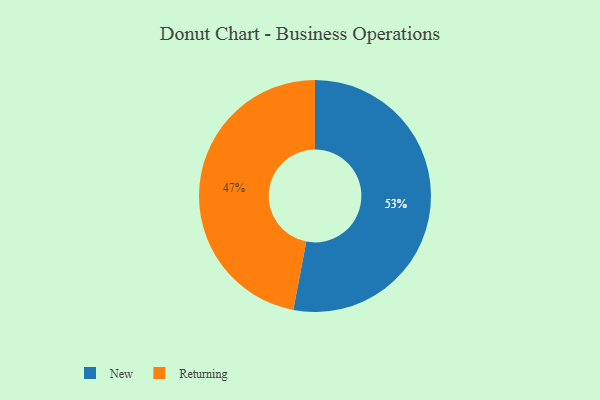
{"axis": {"x": "Category", "y": "Percentage"}, "legend": ["New", "Returning"], "data": [{"x": "New", "y": 53, "type": "New"}, {"x": "Returning", "y": 47, "type": "Returning"}]}